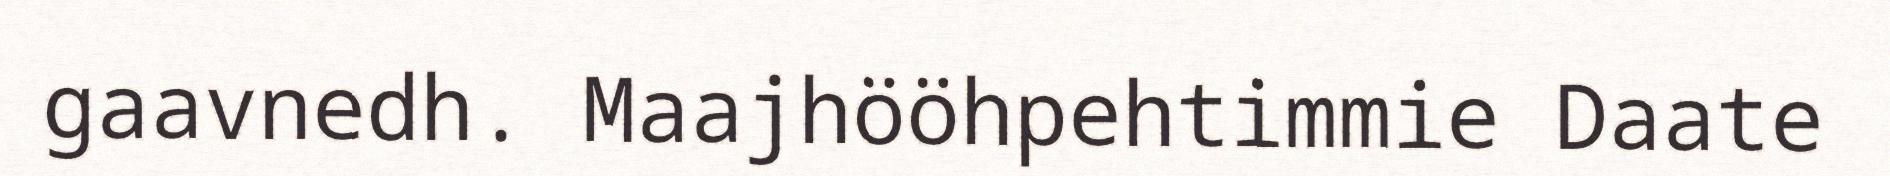
gaavnedh. Maajhööhpehtimmie Daate